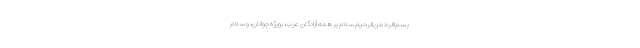
بسم‌االرّحمن‌الرّحیم سلام بر همه‌ آزادگان عرب، بویژه جوانان، و سلام